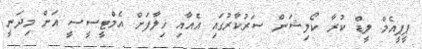
ޕީޕީއެމް ލީޑް ކުރާ ކޯލިޝަން ސަރުކާރުގައި އެއާއި ޚިލާފަށް އެމްޓީސީސީ އަށް މިދަނީ